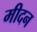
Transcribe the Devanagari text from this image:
मीदन